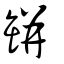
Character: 缾